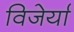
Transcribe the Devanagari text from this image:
विजेर्या